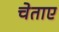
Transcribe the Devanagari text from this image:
चेताए